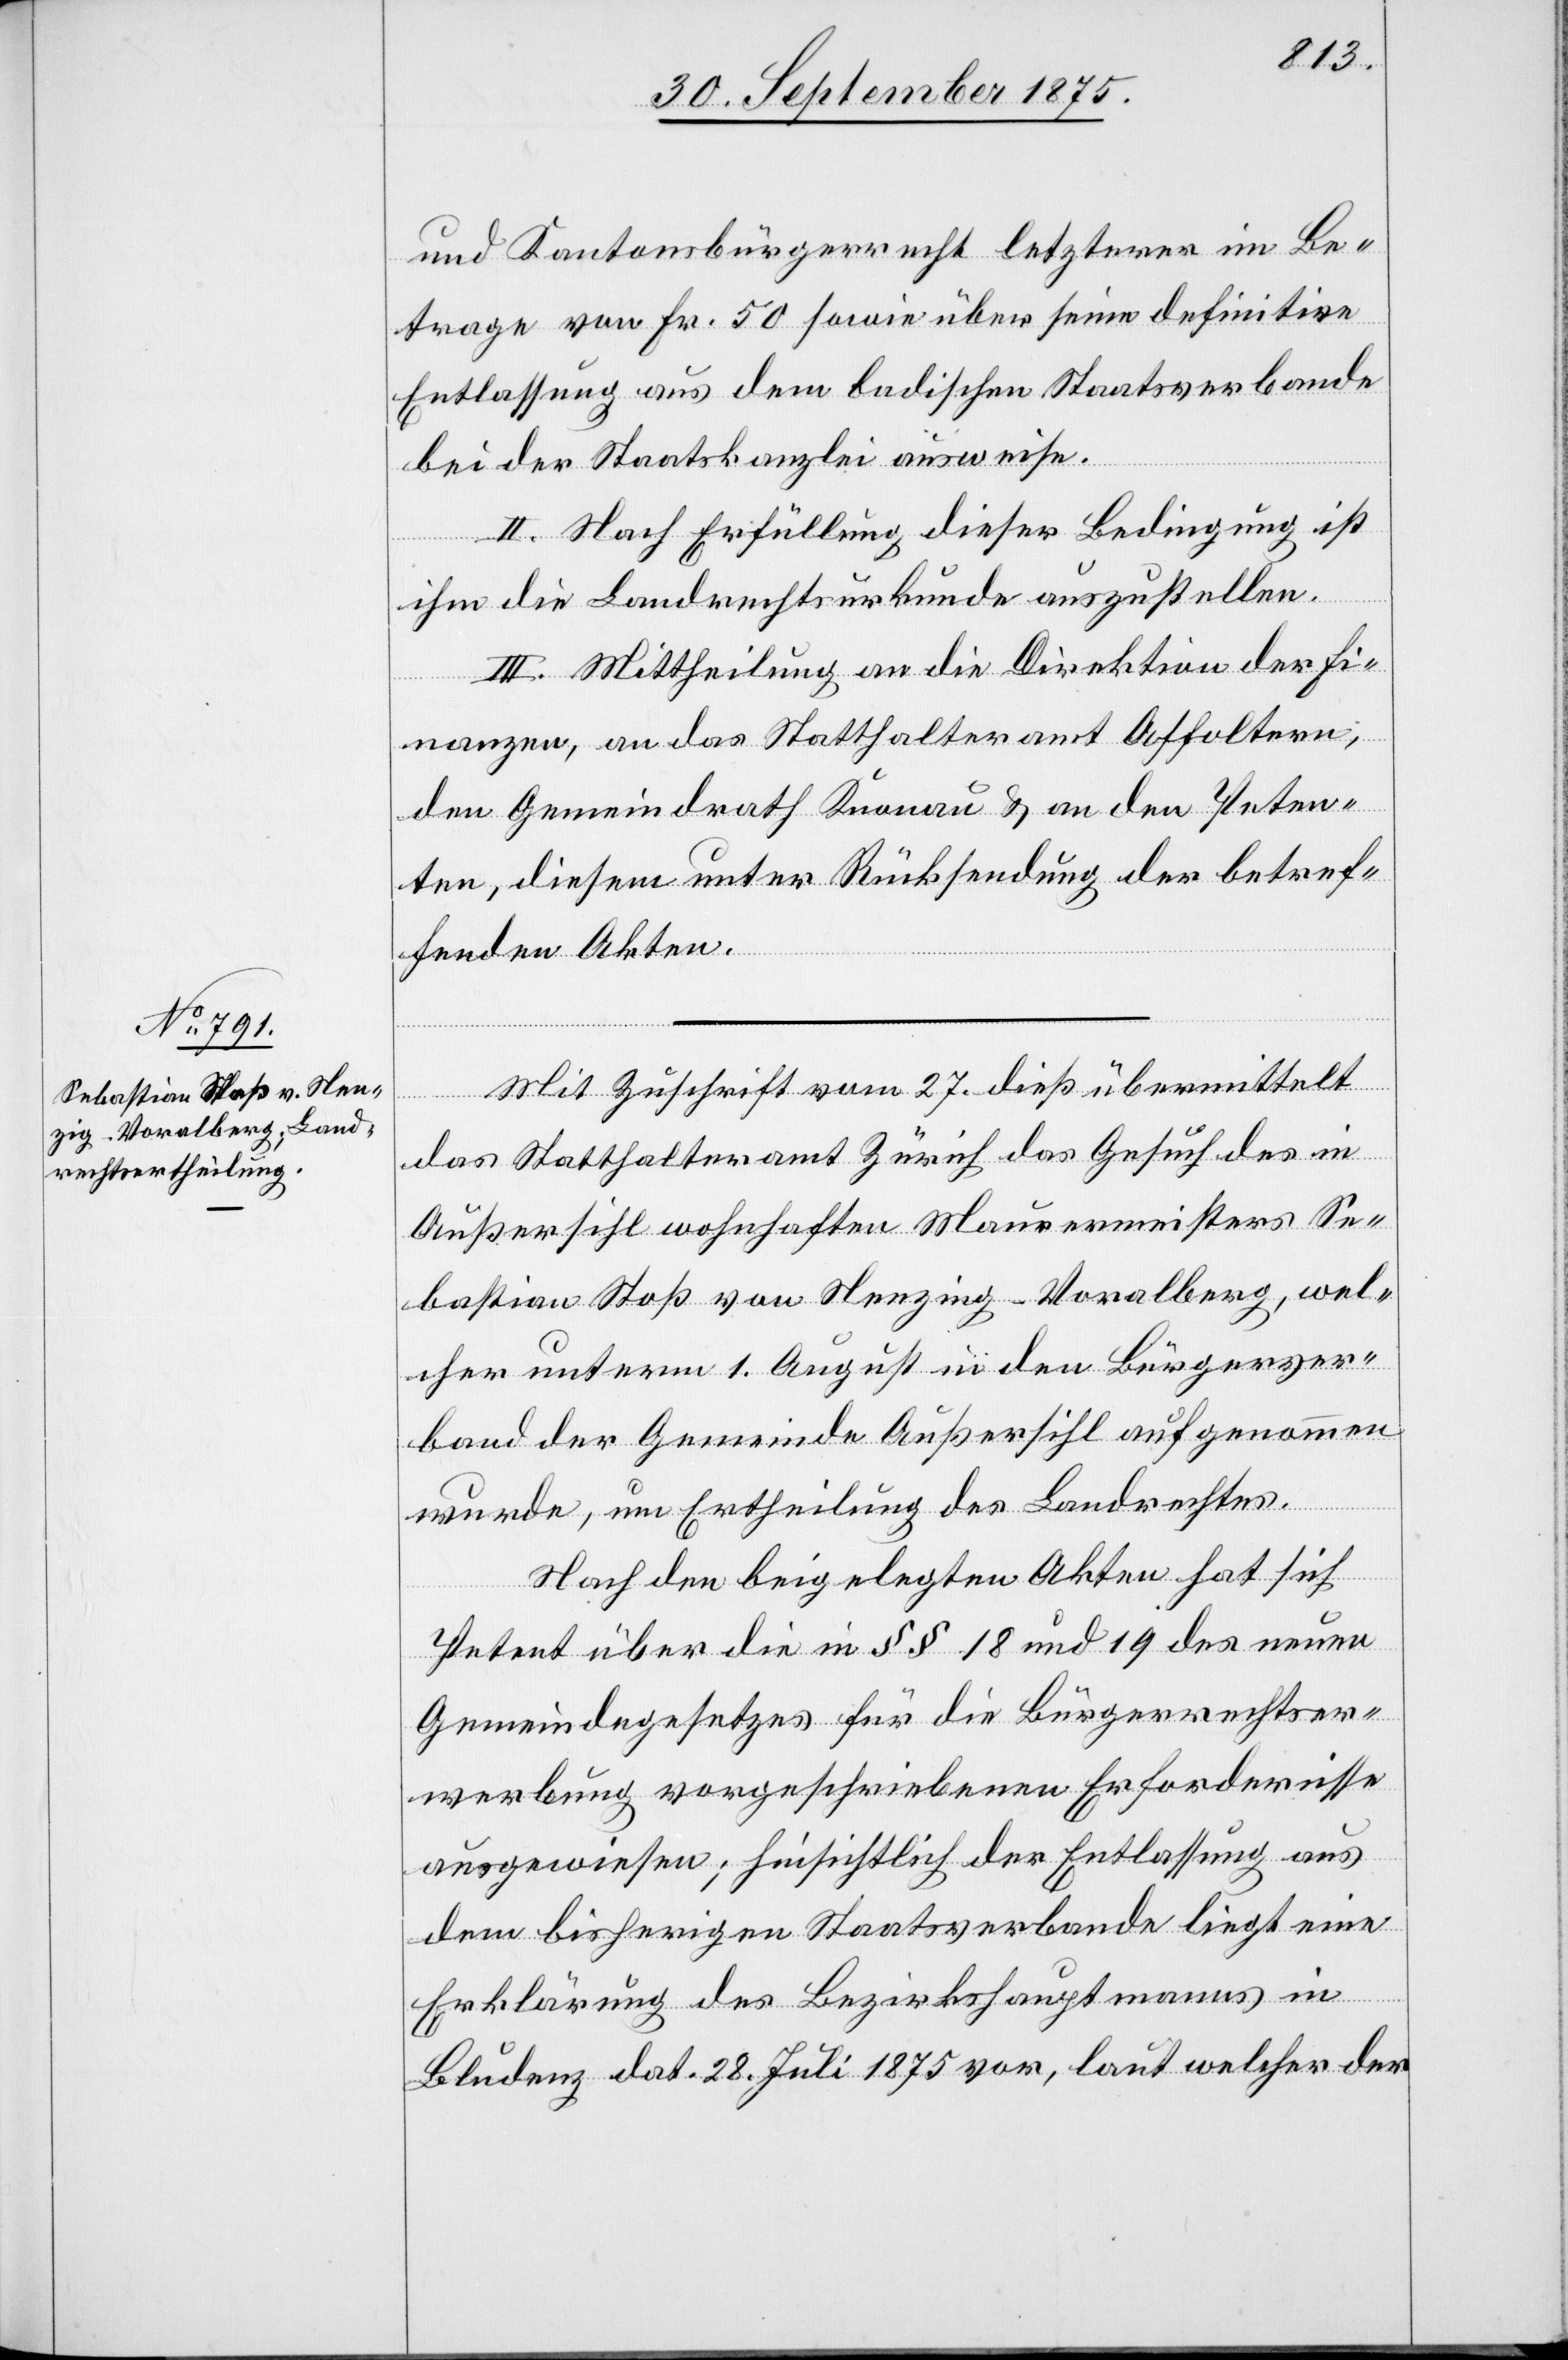
und Kantonsbürgerrecht letzterer im Be¬
trage von Fr. 50 sowie über seine definitive
Entlassung aus dem badischen Staatsverbande
bei der Staatskanzlei ausweise.
II. Nach Erfüllung dieser Bedingung ist
ihm die Landrechtsurkunde auszustellen.
III. Mittheilung an die Direktion der Fi¬
nanzen, an das Statthalteramt Affoltern,
den Gemeindrath Knonau & an den Peten¬
ten, diesem unter Rücksendung der betref¬
fenden Akten.
Mit Zuschrift vom 27. dieß übermittelt
das Statthalteramt Zürich das Gesuch des in
Außersihl wohnhaften Maurermeisters Se¬
bastian Stoß von Nenzing - Voralberg, wel¬
cher unterm 1. August in den Bürgerver¬
band der Gemeinde Außersihl aufgenommen
wurde, um Ertheilung des Landrechtes.
Nach den beigelegten Akten hat sich
Petent über die in §§ 18 und 19 des neuen
Gemeindegesetzes für die Bürgerrechtser¬
werbung vorgeschriebenen Erfordernisse
ausgewiesen; hinsichtlich der Entlassung aus
dem bisherigen Staatsverbande liegt eine
Erklärung des Bezirkshauptmanns in
Bludenz dat. 28. Juli 1875 vor, laut welcher der